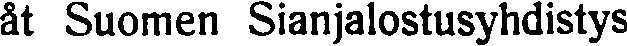
åt Suomen Sianjalostusyhdistys